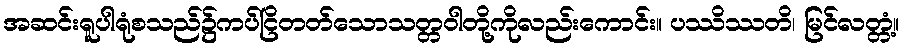
အဆင်းရူပါရုံစသည်၌ကပ်ငြိတတ်သောသတ္တဝါတို့ကိုလည်းကောင်း။ ပဿိဿတိ၊ မြင်လတ္တံ့။